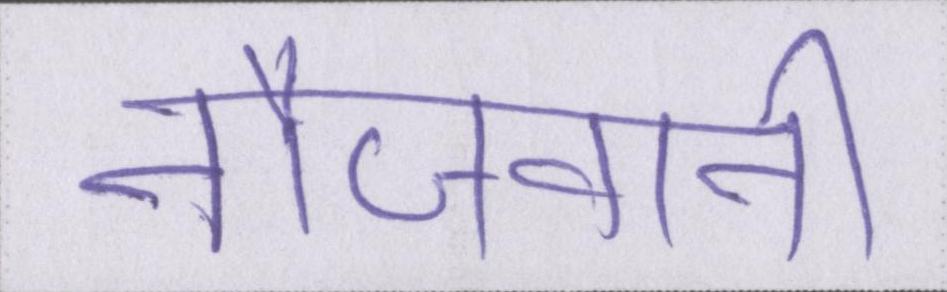
नौजवानी